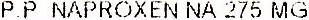
P.P NAPROXEN NA 275 MG